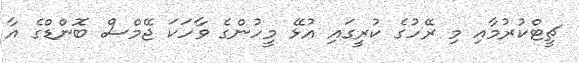
ޗީޓްކުރުމާއި މި ރޭހުގެ ކުރީގައި އުޅޭ މީހުންގެ ވާހަކަ ޖޭމްސް ބޮންޑްގެ އާ